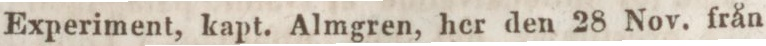
Experiment, kapt. Almgren, her den 28 Nov. från